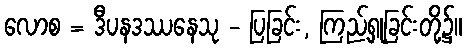
လောစ = ဒီပနဒဿနေသု - ပြခြင်း, ကြည့်ရှုခြင်းတို့၌။